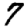
Digit: 7